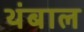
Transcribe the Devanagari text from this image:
थंबाल